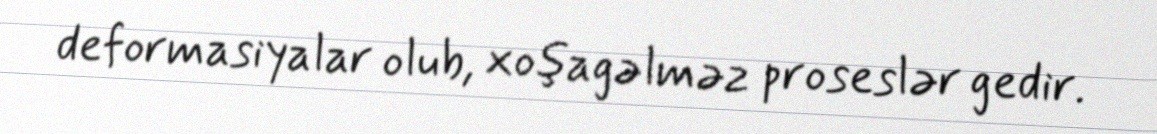
deformasiyalar olub, xoşagəlməz proseslər gedir.